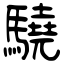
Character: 驍